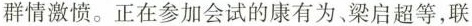
群情激愤。正在参加会试的康有为、梁启超等，联